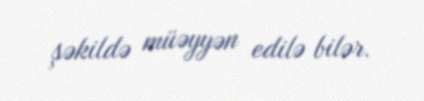
şəkildə müəyyən edilə bilər.